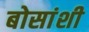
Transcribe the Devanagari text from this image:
बोसांशी